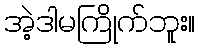
အဲ့ဒါမကြိုက်ဘူး။